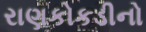
રાણકોકડીનો